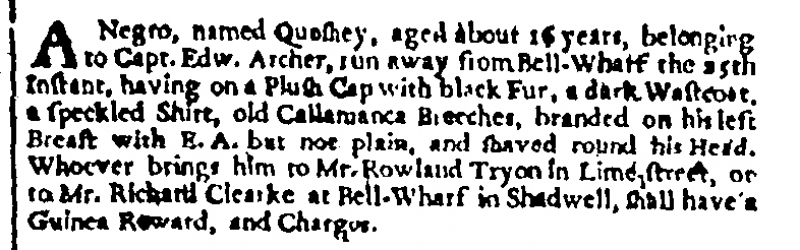
London Gazette, 30 December 1700 (England)
A Negro, named Quoshey, aged about 16 years, belonging to Capt. Edw. Archer, run away from Bell-Wharf the 25th Instant, having on a Plush Cap with black Fur, a dark Wastcoat. a speckled Shirt, old Callamanca Breeches, branded on his left Breast with E. A. but not plain, and shaved round his Head. Whoever brings him to Mr. Rowland Tryon in Lime-street, or to Mr. Richard Clearke at Bell-Wharf in Shadwell, shall have a Guinea Reward, and Charges.